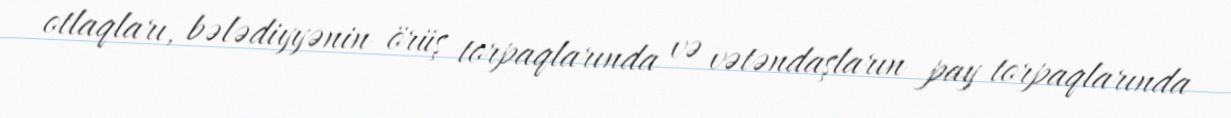
otlaqları, bələdiyyənin örüş torpaqlarında və vətəndaşların pay torpaqlarında